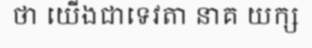
ថា យើងជាទេវតា នាគ យក្ស